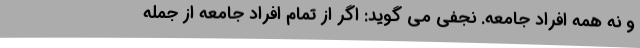
و نه همه افراد جامعه. نجفی می گوید: اگر از تمام افراد جامعه از جمله